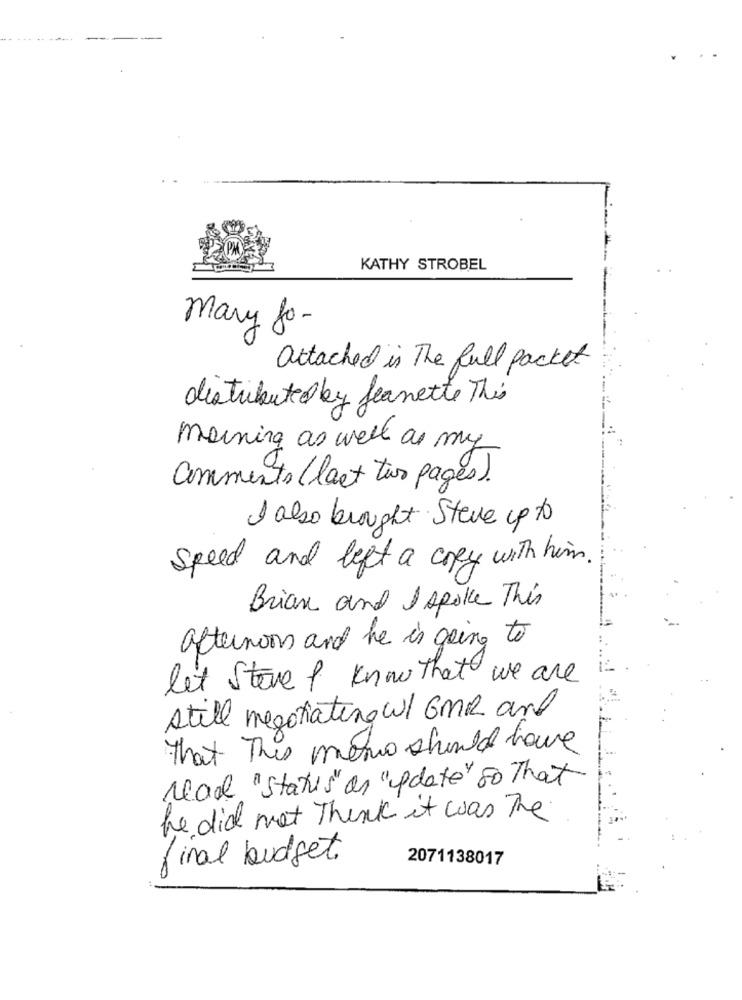
PM
KATHY STROBEL
mary fo-
attached is The full packet
distributed by Jeanette This
morning as well as my
Comments (last two pages).
I also brought Steve up to
speed and left a copy with him.
Brian and I spoke This
afternoon and he is going to
let Steve & know that we are
still negotiating w/ GMR and
That This memo should have
read "Status" on "update" so That
he did not Think it was The
final budget.
2071138017